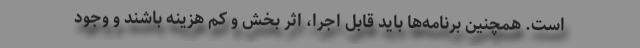
است. همچنین برنامه‌ها باید قابل اجرا، اثر بخش و کم هزینه باشند و وجود